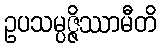
ဥပသမ္ပဇ္ဇိဿာမီတိ